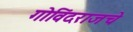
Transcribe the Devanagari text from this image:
गोविंदराजचे